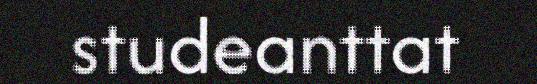
studeanttat